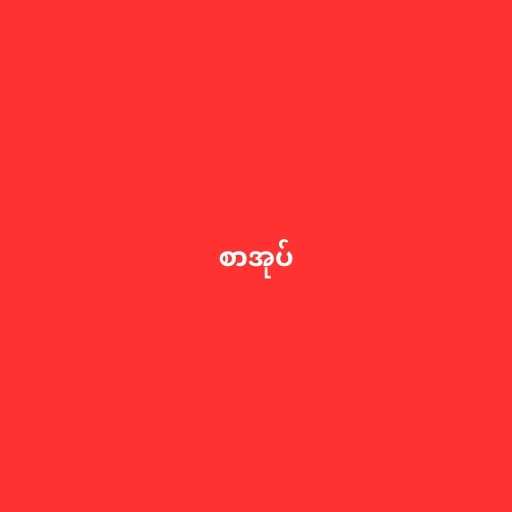
စာအုပ်